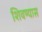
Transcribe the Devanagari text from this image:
शिवण्यास